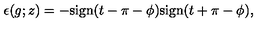
\epsilon ( g ; z ) = - \mathrm { s i g n } ( t - \pi - \phi ) \mathrm { s i g n } ( t + \pi - \phi ) ,